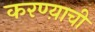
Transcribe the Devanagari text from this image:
करण्य़ाची